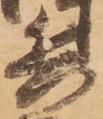
兵